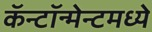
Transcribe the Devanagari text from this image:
कॅन्टॉन्मेन्टमध्ये